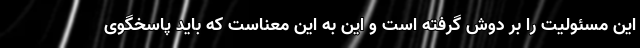
این مسئولیت را بر دوش گرفته است و این به این معناست که باید پاسخگوی